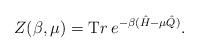
LaTeX: \begin{align*}Z(\beta,\mu)={\mathrm Tr}\:e^{-\beta(\hat{H}-\mu\hat{Q})}.\end{align*}